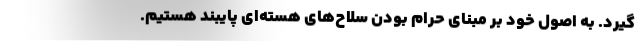
‌گیرد. به اصول خود بر مبنای حرام بودن سلاح‌های هسته‌ای پایبند هستیم.